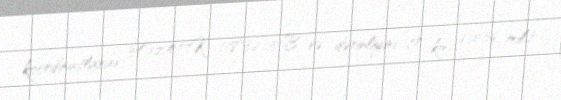
koordinatlarını 34°12′47″K 118°32′13″B və dərinliyini 17 km (10.56 mil)